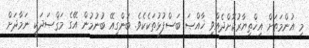
މި އުންމަތަށް އިޚްތިޔާރުކޮށްދެއްވި ޚާއްޞަ ބަސްފުޅުތަކެކެވެ. ބަންގިއޭ ބުނުމުން އޭގެ މަޤްޞަދަކީ ނަމާދަށް